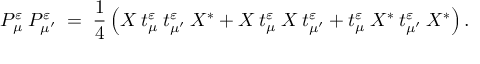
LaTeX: P _ { \mu } ^ { \varepsilon } \: P _ { \mu ^ { \prime } } ^ { \varepsilon } \; = \; \frac { 1 } { 4 } \left( X \: t _ { \mu } ^ { \varepsilon } \: t _ { \mu ^ { \prime } } ^ { \varepsilon } \: X ^ { * } + X \: t _ { \mu } ^ { \varepsilon } \: X \: t _ { \mu ^ { \prime } } ^ { \varepsilon } + t _ { \mu } ^ { \varepsilon } \: X ^ { * } \: t _ { \mu ^ { \prime } } ^ { \varepsilon } \: X ^ { * } \right) .